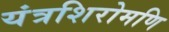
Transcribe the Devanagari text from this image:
यंत्रशिरोमणि